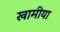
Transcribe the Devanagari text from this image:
खामीया